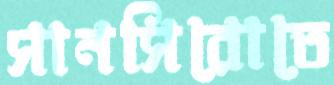
সানসিরোতে